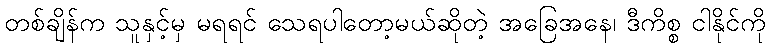
တစ်ချိန်က သူနှင့်မှ မရရင် သေရပါတော့မယ်ဆိုတဲ့ အခြေအနေ၊ ဒီကိစ္စ ငါနိုင်ကို